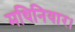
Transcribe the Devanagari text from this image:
मथिनियार।